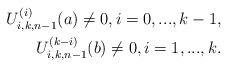
\begin{align*}U_{i,k,n-1}^{(i)}(a)\neq0, i=0,...,k-1,\\U_{i,k,n-1}^{(k-i)}(b)\neq0, i=1,...,k. \end{align*}